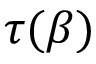
\tau ( \beta )